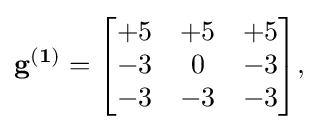
\mathbf {g^{(1)}} ={\begin{bmatrix}+5&+5&+5\\-3&0&-3\\-3&-3&-3\end{bmatrix}},\